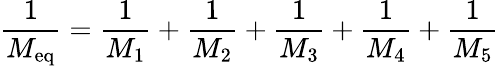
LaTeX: \frac{1}{M_{\mathrm{eq}}}=\frac{1}{M_{1}}+\frac{1}{M_{2}}+\frac{1}{M_{3}}+\frac{1}{M_{4}}+\frac{1}{M_{5}}